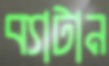
ব্যাটান